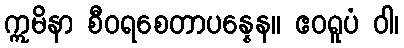
ဣမိနာ စီဝရစေတာပန္နေန။ ဧဝရူပံ ဝါ၊